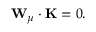
{ \bf W } _ { \mu } \cdot { \bf K } = 0 .